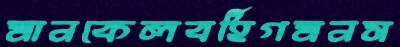
মানকেলবর্হিগমনস